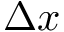
\Delta x